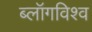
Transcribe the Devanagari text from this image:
ब्लॉगविश्व